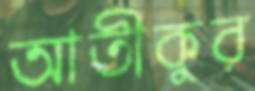
আতীকুর